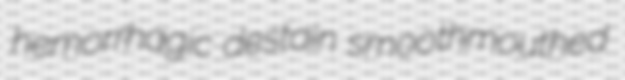
hemorrhagic destain smoothmouthed